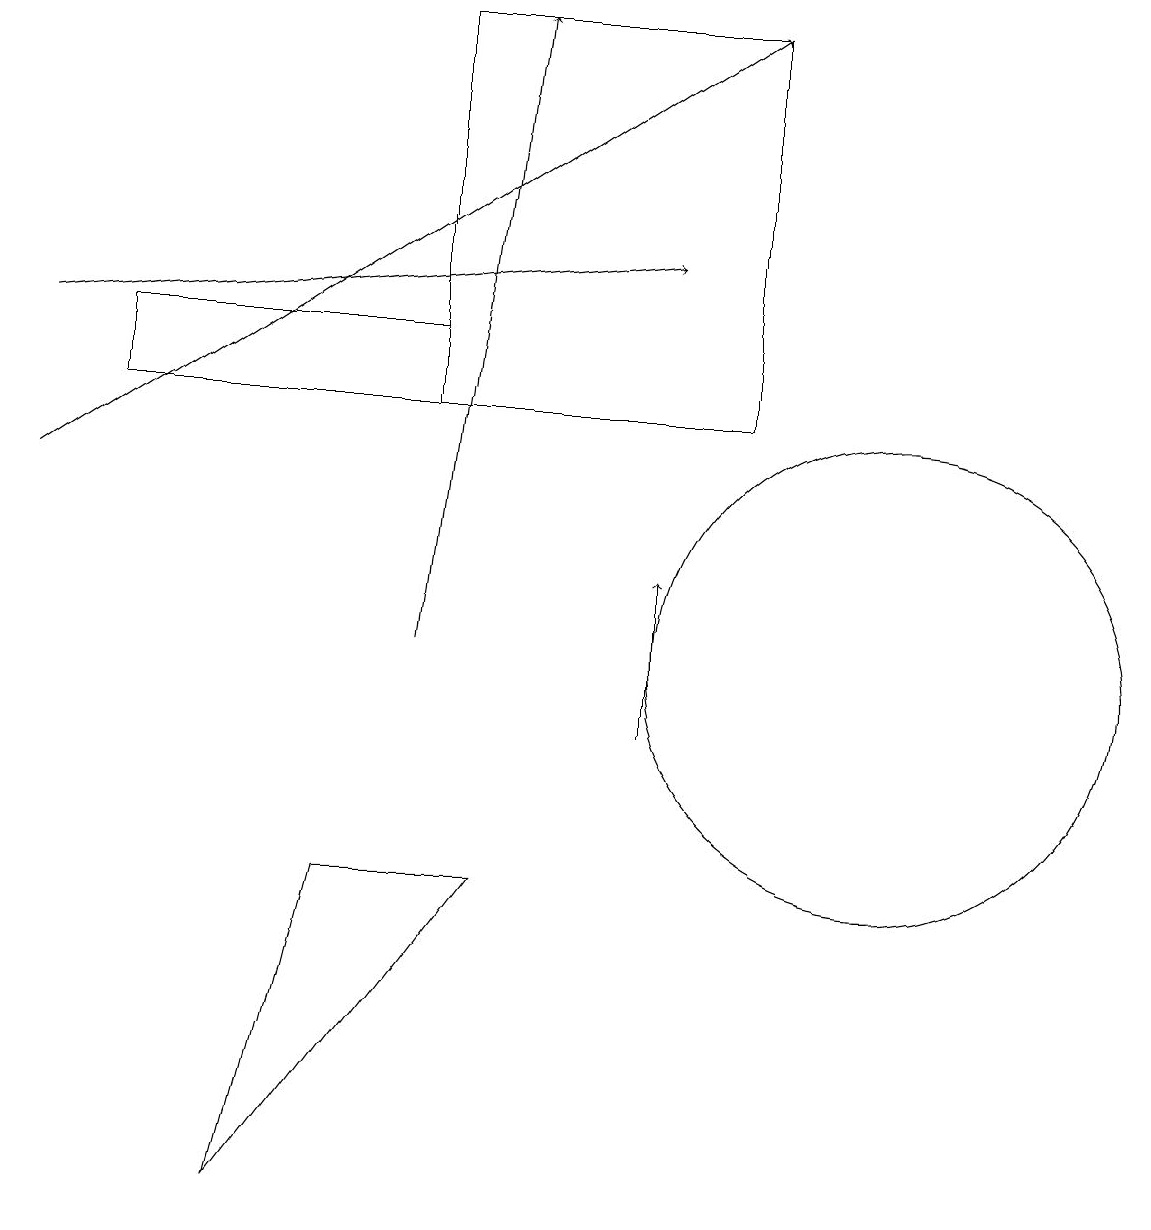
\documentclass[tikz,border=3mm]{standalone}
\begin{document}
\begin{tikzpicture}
\draw (6,8) -- (4,8) -- (3,4) -- cycle;
\draw[->] (5,11) -- (6,19);
\draw (5,15) rectangle (1,14);
\draw[->] (0,15) -- (8,16);
\draw[->] (8,10) -- (8,12);
\draw (11,11) circle (3);
\draw (5,14) rectangle (9,19);
\draw[->] (0,13) -- (9,19);
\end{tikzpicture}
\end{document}